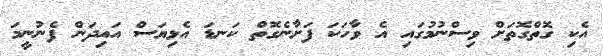
އެކި ގޮތްގޮތަށް ވިސްނުމުގައި އެ ވާހަކަ ފަށާނެގޮތް ކަނޑަ އެޅިޔަސް އައިދަން ފެނުނީމަ